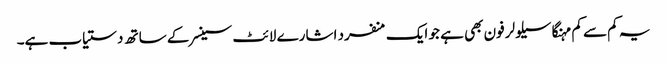
یہ کم سے کم مہنگا سیلولر فون بھی ہے جو ایک منفرد اشارے لائٹ سینسر کے ساتھ دستیاب ہے۔